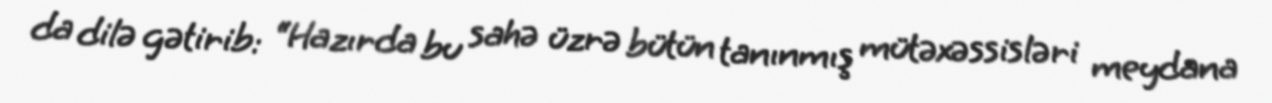
da dilə gətirib: “Hazırda bu sahə üzrə bütün tanınmış mütəxəssisləri meydana